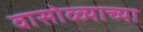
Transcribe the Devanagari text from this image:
वासोळ्याच्या